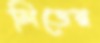
লিডের